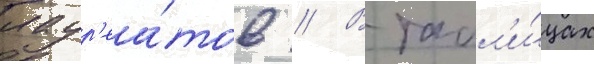
лаур'еа́тов // В табл'и́цах